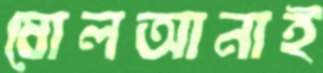
ষোলআনাই